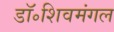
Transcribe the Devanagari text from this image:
डॉ॰शिवमंगल